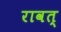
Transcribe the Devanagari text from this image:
रावत्